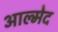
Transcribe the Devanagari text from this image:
आल्मेद